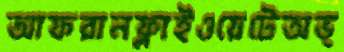
আফরানফ্লাইওয়েটেঅভ্